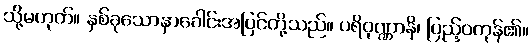
သို့မဟုတ်။ နှစ်ခုသောနှာခေါင်းအပြင်တို့သည်။ ပရိဝုဏ္ဏာနိ၊ ပြည့်ဝကုန်၏။